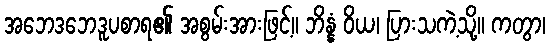
အဘေဒဘေဒူပစာရ၏ အစွမ်းအားဖြင့်။ ဘိန္နံ ဝိယ၊ ပြားသကဲ့သို့။ ကတွာ၊